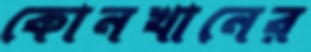
কোনখানের